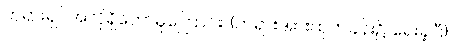
ဘုရားရှင်အလိုရှိတော်မူကြောင်း၊ (တရားအားထုတ်ခန်း၌ ရေးခဲ့ပြီ)။